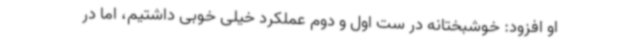
او افزود: خوشبختانه در ست اول و دوم عملکرد خیلی خوبی داشتیم، اما در